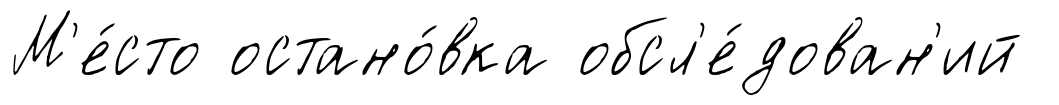
М'е́сто остано́вка обсл'е́дован'ий